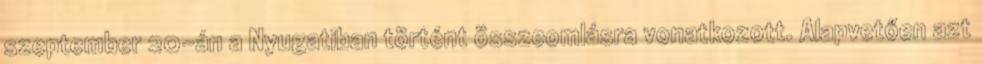
szeptember 20-án a Nyugatiban történt összeomlásra vonatkozott. Alapvetően azt